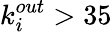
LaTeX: k_{i}^{out}>35